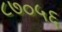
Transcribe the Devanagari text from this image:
८७०५६